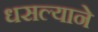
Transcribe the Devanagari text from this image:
धसल्याने